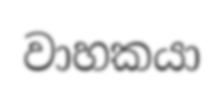
වාහකයා